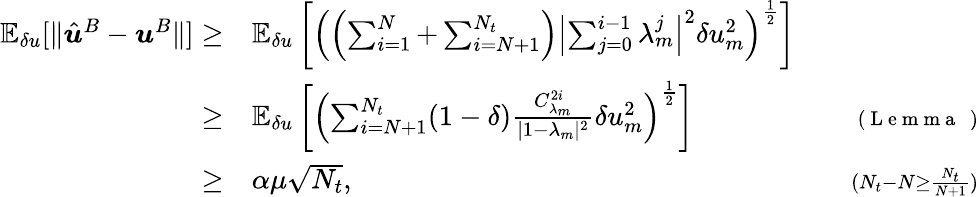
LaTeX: \begin{array}{rlr}{\mathbb{E}_{\delta u}[\| \hat{\boldsymbol{u}}^{B}-\boldsymbol{u}^{B}\| ]\ge}&{{}\mathbb{E}_{\delta u}\left[\left(\left(\sum_{i=1}^{N}+\sum_{i=N+1}^{N_{t}}\right)\left|\sum_{j=0}^{i-1}\lambda_{m}^{j}\right|^{2}\delta u_{m}^{2}\right)^{\frac{1}{2}}\right]}&{}\\ {\ge}&{{}\mathbb{E}_{\delta u}\left[\left(\sum_{i=N+1}^{N_{t}}(1-\delta)\frac{C_{\lambda_{m}}^{2i}}{|1-\lambda_{m}|^{2}}\delta u_{m}^{2}\right)^{\frac{1}{2}}\right]}&{\quad{\scriptstyle(\mathrm{~L~e~m~m~a~~~})}}\\ {\ge}&{{}\alpha\mu\sqrt{N_{t}},}&{\quad{\scriptstyle(N_{t}-N\ge\frac{N_{t}}{N+1})}}\end{array}